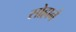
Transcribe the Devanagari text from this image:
सोहाने